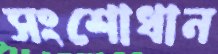
সংশোধান